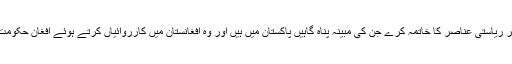
مجوزہ حل کا اہم مطالبہ یہ ہے کہ پاک فوج اُن تمام غیر ریاستی عناصر کا خاتمہ کرے جن کی مبینہ پناہ گاہیں پاکستان میں ہیں اور وہ افغانستان میں کارروائیاں کرتے ہوئے افغان حکومت کو کمزور کرنے اور گرانے کی پالیسی رکھتے ہیں۔